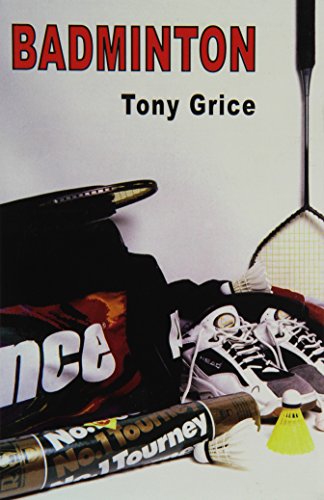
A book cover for Badminton; William A. Grice; Sports & Outdoors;